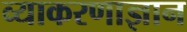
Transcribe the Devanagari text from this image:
व्याकरणाज्ञान